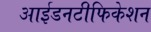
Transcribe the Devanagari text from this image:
आईडनटीफिकेशन